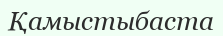
Қамыстыбаста